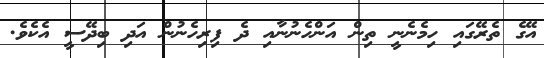
އޭގެ ތެރޭގައި ހިމެނެނީ ތިން އަންހެނުނާއި ދެ ފިރިހެނުން އަދި ބިދޭސީ އެކެެވެ.